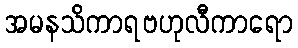
အမနသိကာရဗဟုလီကာရော